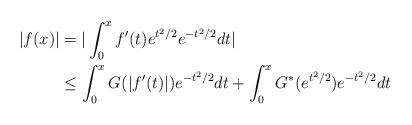
LaTeX: \begin{align*}|f(x)| & = | \int_0^x f'(t) e^{t^2/2} e^{-t^2/2} dt | \\& \leq \int_0^x G(|f'(t)|) e^{-t^2/2} dt + \int_0^x G^*(e^{t^2/2}) e^{-t^2/2} dt \end{align*}